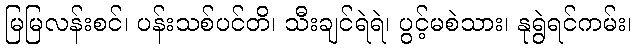
မြမြလန်းစင်၊ ပန်းသစ်ပင်တိ၊ သီးချင်ရဲရဲ၊ ပွင့်မစဲသား၊ နုရွဲရင်ကမ်း၊